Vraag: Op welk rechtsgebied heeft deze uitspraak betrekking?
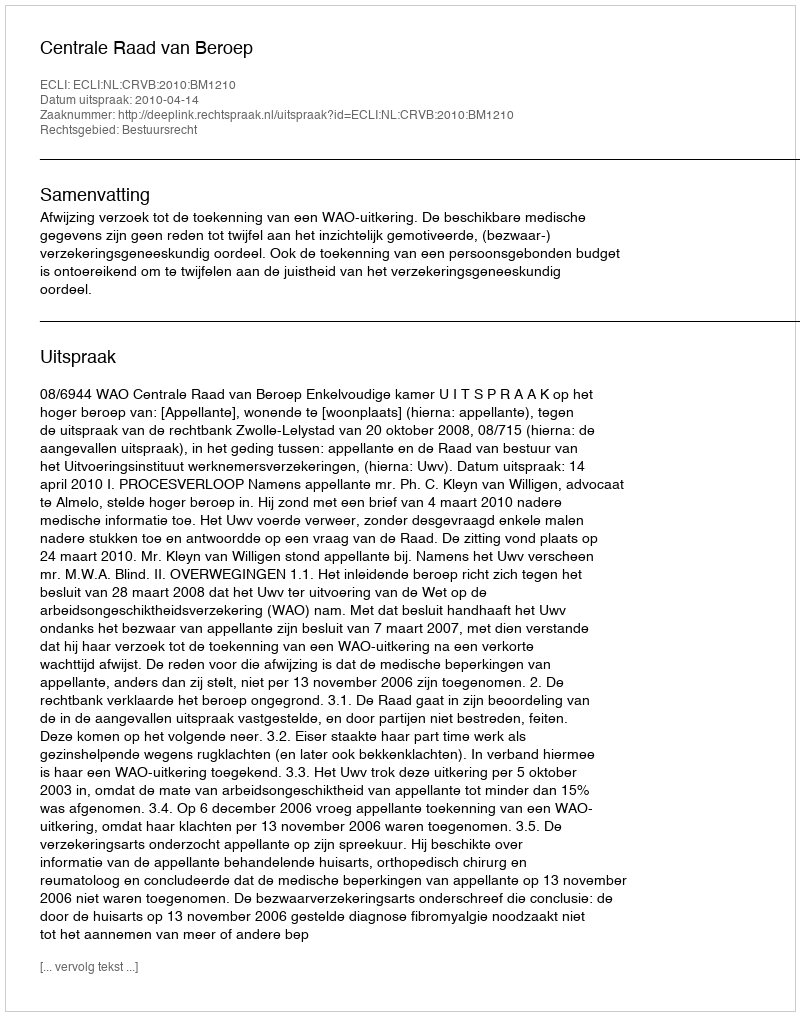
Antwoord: Bestuursrecht